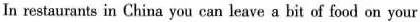
In restaurants in China you can leave a bit of food on your